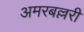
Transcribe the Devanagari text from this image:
अमरबल्लरी